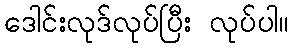
ဒေါင်းလုဒ်လုပ်ပြီး လုပ်ပါ။